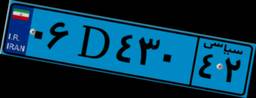
۲۲D۶۱۱۱۰